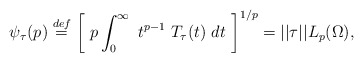
\begin{align*} \psi_{\tau}(p) \stackrel{def}{=} \left[ \ p \int_0^{\infty} \ t^{p-1} \ T_{\tau}(t) \ dt \ \right]^{1/p} = ||\tau||L_p(\Omega),\end{align*}